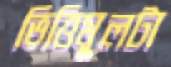
ভিত্তিমূলটা